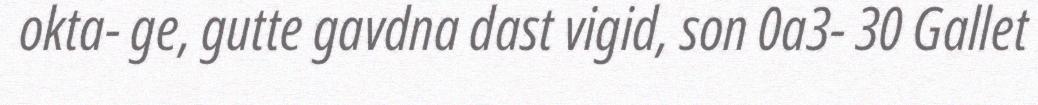
okta- ge, gutte gavdna dast vigid, son 0a3- 30 Gallet